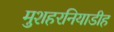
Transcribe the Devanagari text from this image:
मुशहरनियाडीह